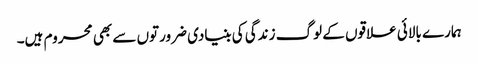
ہمارے بالائی علاقوں کے لوگ زندگی کی بنیادی ضرورتوں سے بھی محروم ہیں۔